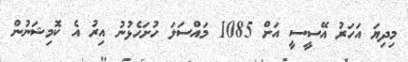
މިދިޔަ އަހަރު އޭސީސީ އަށް 1085 މައްސަލަ ހުށަހެޅުނު އިރު އެ ކޮމިޝަނުން